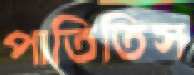
পাতিতিস